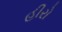
હીરો